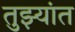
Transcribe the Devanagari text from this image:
तुझ्यांत